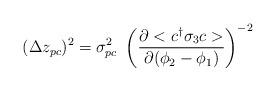
LaTeX: \begin{align*}(\Delta z_{pc})^{2} = \sigma_{pc}^{2}~\left( \frac{\partial<c^{\dag}\sigma_{3}c>}{\partial (\phi_{2}-\phi_{1})} \right)^{-2}\end{align*}